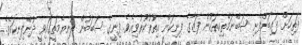
ފަތިހަށް ފައިބަންފެށި ޝަބްނަމްތިކިތަކުން ފަޒާގެ ފިނިކަން އިތުރުކުރުވިއެވެ. ފިނީގެ ސަބަބުން ދުނިޔެމަތީގައިވީ ދުންފިނިކަމެވެ.